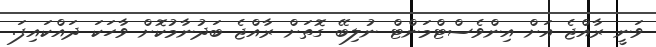
ވަނީ ރާއްޖެ އަށް އިންވެސްޓްމަންޓް ނުލިބޭ ގޮތަށް ރާއްޖެ ބަދުނާމުކޮށް ވާހަކަ ދައްކައިފަ.